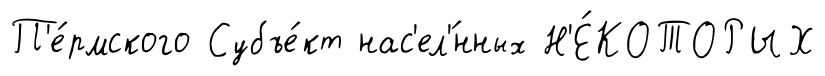
П'е́рмского Субъе́кт нас'ел'́нных Н'Е́КОТОРЫХ